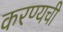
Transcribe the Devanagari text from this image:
करण्यची